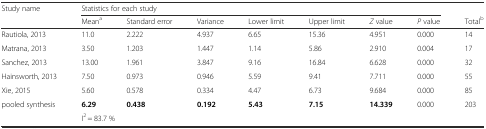
| Study name | <COLSPAN=7> Statistics for each study |  |
 |  | Meana | Standard error | Variance | Lower limit | Upper limit | Z value | P value | Totalb |
 | --- | --- | --- | --- | --- | --- | --- | --- | --- |
 | Rautiola, 2013 | 11.0 | 2.222 | 4.937 | 6.65 | 15.36 | 4.951 | 0.000 | 14 |
 | Matrana, 2013 | 3.50 | 1.203 | 1.447 | 1.14 | 5.86 | 2.910 | 0.004 | 17 |
 | Sanchez, 2013 | 13.00 | 1.961 | 3.847 | 9.16 | 16.84 | 6.628 | 0.000 | 32 |
 | Hainsworth, 2013 | 7.50 | 0.973 | 0.946 | 5.59 | 9.41 | 7.711 | 0.000 | 55 |
 | Xie, 2015 | 5.60 | 0.578 | 0.334 | 4.47 | 6.73 | 9.684 | 0.000 | 85 |
 | pooled synthesis | 6.29 | 0.438 | 0.192 | 5.43 | 7.15 | 14.339 | 0.000 | 203 |
 |  | <COLSPAN=7> I2 = 83.7 % |  |